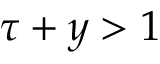
\tau + y > 1